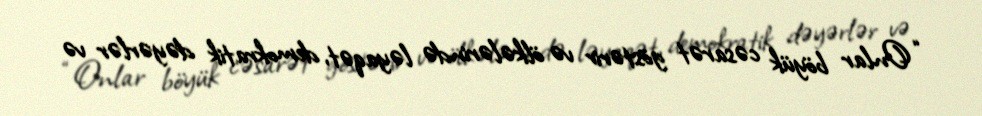
“Onlar böyük cəsarət göstərir və ölkələrində ləyaqət, demokratik dəyərlər və